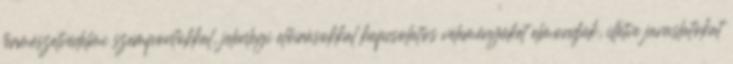
természetvédelmi szempontokkal, jelenlegi előírásokkal kapcsolatos véleményüket elmondják, illetve javaslatokat